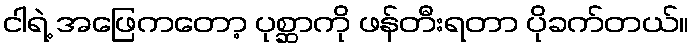
ငါရဲ့ အဖြေကတော့ ပုစ္ဆာကို ဖန်တီးရတာ ပိုခက်တယ်။